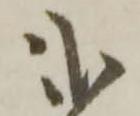
弐